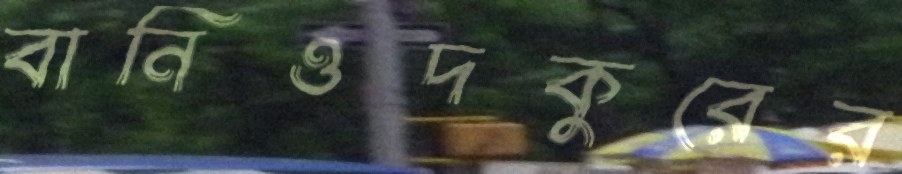
বানিওদকুরের